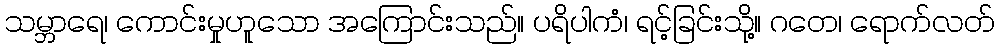
သမ္ဘာရေ၊ ကောင်းမှုဟူသော အကြောင်းသည်။ ပရိပါကံ၊ ရင့်ခြင်းသို့။ ဂတေ၊ ရောက်လတ်